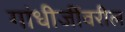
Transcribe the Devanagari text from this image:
गांधीजींवरील